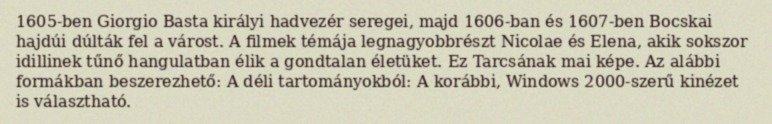
1605-ben Giorgio Basta királyi hadvezér seregei, majd 1606-ban és 1607-ben Bocskai hajdúi dúlták fel a várost. A filmek témája legnagyobbrészt Nicolae és Elena, akik sokszor idillinek tűnő hangulatban élik a gondtalan életüket. Ez Tarcsának mai képe. Az alábbi formákban beszerezhető: A déli tartományokból: A korábbi, Windows 2000-szerű kinézet is választható.